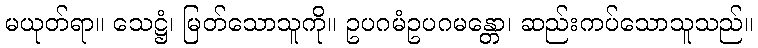
မယုတ်ရာ။ သေဋ္ဌံ၊ မြတ်သောသူကို။ ဥပဂမံဥပဂမန္တော၊ ဆည်းကပ်သောသူသည်။